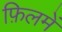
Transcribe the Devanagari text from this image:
फ़िलमें